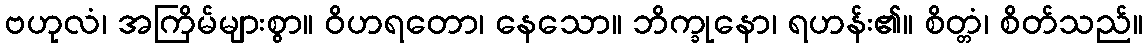
ဗဟုလံ၊ အကြိမ်များစွာ။ ဝိဟရတော၊ နေသော။ ဘိက္ခုနော၊ ရဟန်း၏။ စိတ္တံ၊ စိတ်သည်။